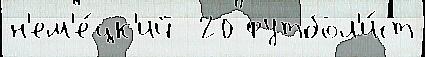
н'ем'е́цк'ий  20 футбол'и́ст